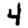
Digit: 4